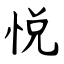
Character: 悦